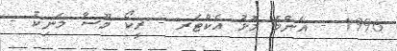
1996 - އެންމެ މޮޅު އެކްޓަރ - ރީކޯ މޫސާ މަނިކު -